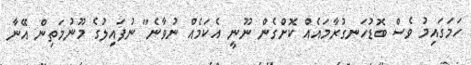
ހަމަގައިމު ވެސް ބޮޑުހަނގުރާމައެއް ކޮށްގެން ނޫނީ އެކަމެއް ނުވާނެ" ނުފައިލުގެ މޫނުމަތިން އޭނާ